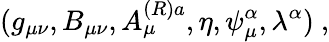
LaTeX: (g_{\mu\nu},B_{\mu\nu},A_{\mu}^{(R)a},\eta,\psi_{\mu}^{\alpha},\lambda^{\alpha})\ ,